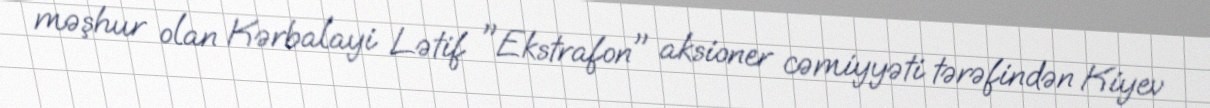
məşhur olan Kərbalayi Lətif "Ekstrafon" aksioner cəmiyyəti tərəfindən Kiyev